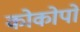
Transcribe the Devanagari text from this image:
कोकोपो